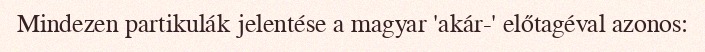
Mindezen partikulák jelentése a magyar 'akár-' előtagéval azonos: